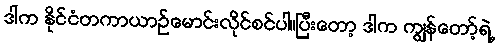
ဒါက နိုင်ငံတကာယာဉ်မောင်းလိုင်စင်ပါ။ပြီးတော့ ဒါက ကျွန်တော့်ရဲ့